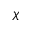
\chi